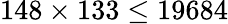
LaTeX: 148\times 133\leq 19684